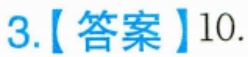
3.【答案】\(10\).